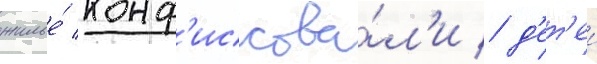
жилье́ конф'искова́л'и / д'ет'еи